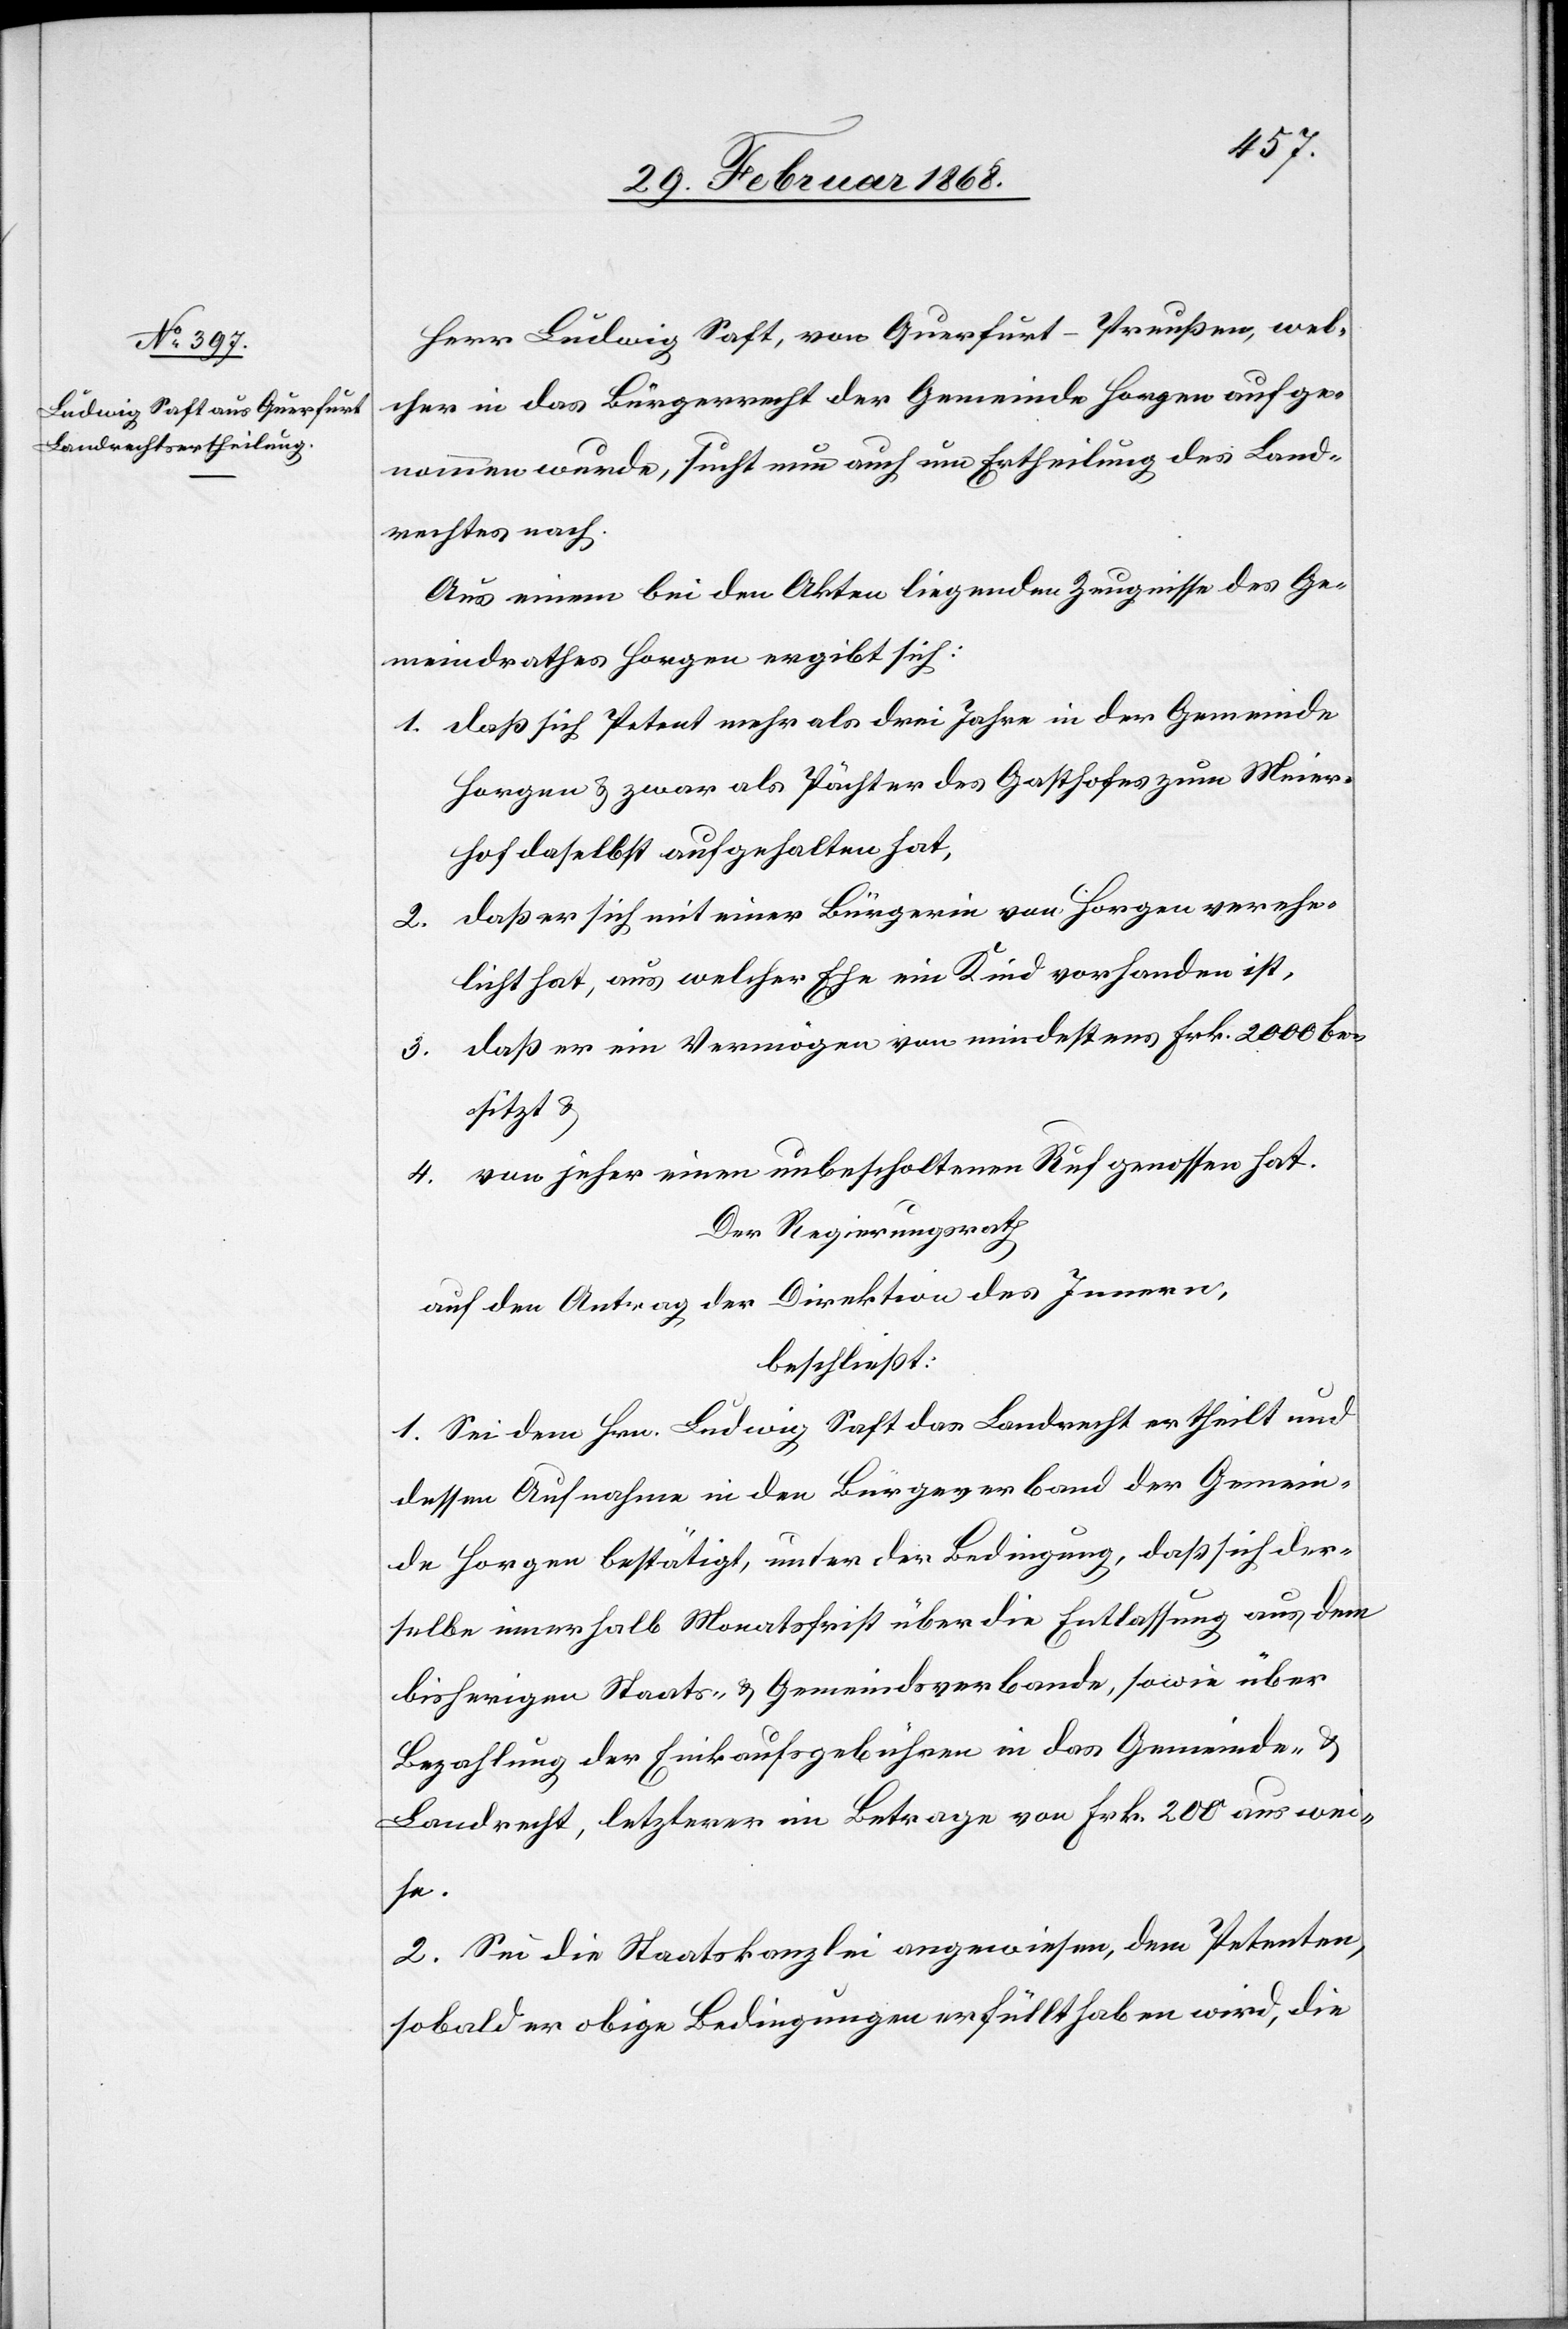
Herr Ludwig Saft, von Querfurt-Preußen, wel¬
cher in das Bürgerrecht der Gemeinde Horgen aufge¬
nommen wurde, sucht nun auch um Ertheilung des Land¬
rechtes nach.
Aus einem bei den Akten liegenden Zeugnisse des Ge¬
meindrathes Horgen ergibt sich:
daß sich Petent mehr als drei Jahre in der Gemeinde
Horgen & zwar als Pächter des Gasthofes zum Meier¬
hof daselbst aufgehalten hat,
daß er sich mit einer Bürgerin von Horgen verehe¬
licht hat, aus welcher Ehe ein Kind vorhanden ist,
daß er ein Vermögen von mindestens Frk. 2000 be¬
4.
sitzt &
von jeher einen unbescholtenen Ruf genossen hat.
Der Regierungsrath
auf den Antrag der Direktion des Innern,
beschließt:
1. Sei dem Hrn. Ludwig Saft das Landrecht ertheilt und
dessen Aufnahme in den Bürge[r]verband der Gemein¬
de Horgen bestätigt, unter der Bedingung, daß sich der¬
selbe innerhalb Monatsfrist über die Entlassung aus dem
bisherigen Staats- & Gemeindsverbande, sowie über
Bezahlung der Einkaufsgebühren in das Gemeinde- &
Landrecht, letzterer im Betrage von Frk. 200 auswei¬
se.
2. Sei die Staatskanzlei angewiesen, dem Petenten,
sobald er obige Bedingungen erfüllt haben wird, die